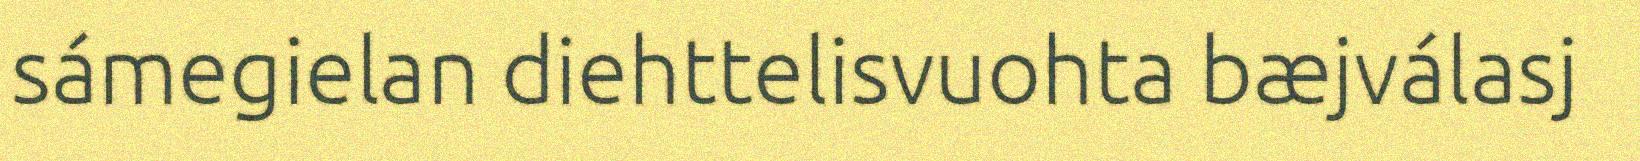
sámegielan diehttelisvuohta bæjválasj